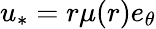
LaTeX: u_{*}=r\mu(r)e_{\theta}